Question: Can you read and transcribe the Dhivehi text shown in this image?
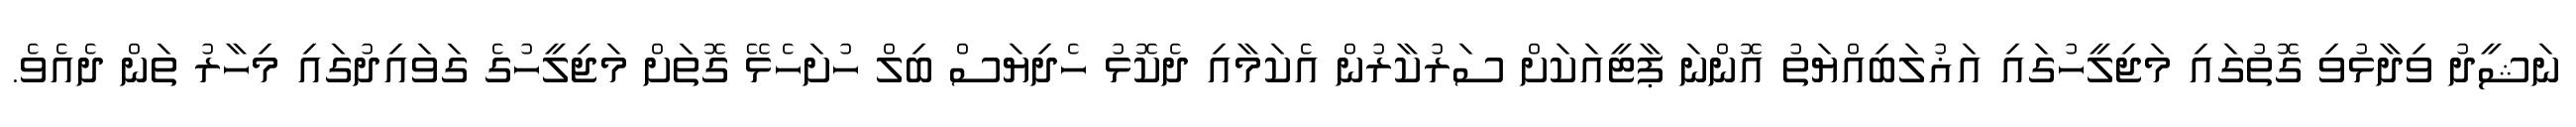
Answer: ނަޝީދު ވިދާޅުވި ގޮތުގައި މަޖިލީހުގައި އަޣުލަބިއްޔަތު އޮންނަ ޕާޓީއަކަށް ސަރުކާރުން އެކަމާއި ދެކޮޅު ހެދިޔަސް ބިލް ހުށަހެޅޭ ގޮތަށް މަޖިލީހުގެ ގަވައިދުގައި މިހާރު ތަން ދެއެވެ.